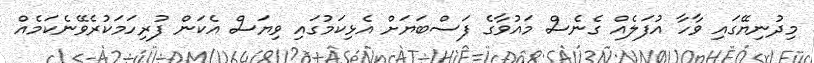
މިދުނިޔޭގައި ވާހާ އުފަލެއް ގެނެސް މައުވާގެ ފަސްބަޔަށް އެޅިކަމުގައި ވިޔަސް އެކަން ފުރިހަމަކުރެވޭނެކަމެއް